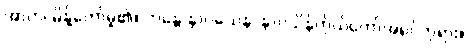
အာဟ၊ မိန့်တော်မူ၏။ ဘန္တေ နာဂသေန၊ နာဂသိန်ကိုယ်တော်အရှင်ဘုရား။